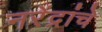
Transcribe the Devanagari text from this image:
नरेंद्रांचे